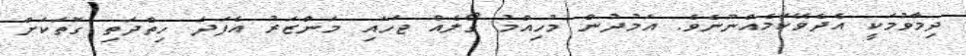
ދިމާވުމަކީ އެދެވޭކަމެއްނޫނެވެ. އަމުދުން މުހިއްމު ގޯލެއް ޖަހައި މަންޒަރު އެފަދަ ހިތްދަތި ގޮތަކަށް